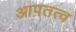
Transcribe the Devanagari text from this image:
आपतत्व